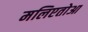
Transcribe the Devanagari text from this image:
मलिएतोआ